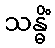
သန္ဓိံ